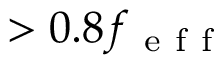
> 0 . 8 f _ { \mathrm { ~ e ~ f ~ f ~ } }